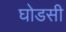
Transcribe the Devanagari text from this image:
घोडसी